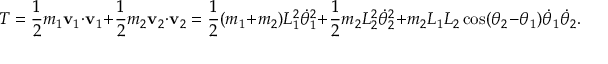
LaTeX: T = { \frac { 1 } { 2 } } m _ { 1 } \mathbf { v } _ { 1 } \cdot \mathbf { v } _ { 1 } + { \frac { 1 } { 2 } } m _ { 2 } \mathbf { v } _ { 2 } \cdot \mathbf { v } _ { 2 } = { \frac { 1 } { 2 } } ( m _ { 1 } + m _ { 2 } ) L _ { 1 } ^ { 2 } { \dot { \theta } } _ { 1 } ^ { 2 } + { \frac { 1 } { 2 } } m _ { 2 } L _ { 2 } ^ { 2 } { \dot { \theta } } _ { 2 } ^ { 2 } + m _ { 2 } L _ { 1 } L _ { 2 } \cos ( \theta _ { 2 } - \theta _ { 1 } ) { \dot { \theta } } _ { 1 } { \dot { \theta } } _ { 2 } .